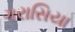
ગરાસિયા